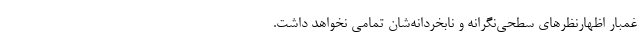
غمبار اظهارنظرهای سطحی‌نگرانه و نابخردانه‌شان تمامی نخواهد داشت.